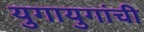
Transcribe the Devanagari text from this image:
युगायुगांची